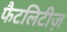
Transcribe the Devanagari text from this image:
फैटलिटीज़